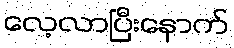
လေ့လာပြီးနောက်